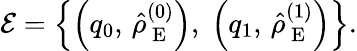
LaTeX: \mathcal{E}=\left\{ \left(q_{0},\, \hat{\rho}_{\mathrm{~E~}}^{(0)}\right),\; \left(q_{1},\, \hat{\rho}_{\mathrm{~E~}}^{(1)}\right)\right\} .